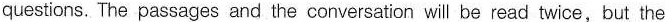
questions. The passages and the conversation will be read twice,but the